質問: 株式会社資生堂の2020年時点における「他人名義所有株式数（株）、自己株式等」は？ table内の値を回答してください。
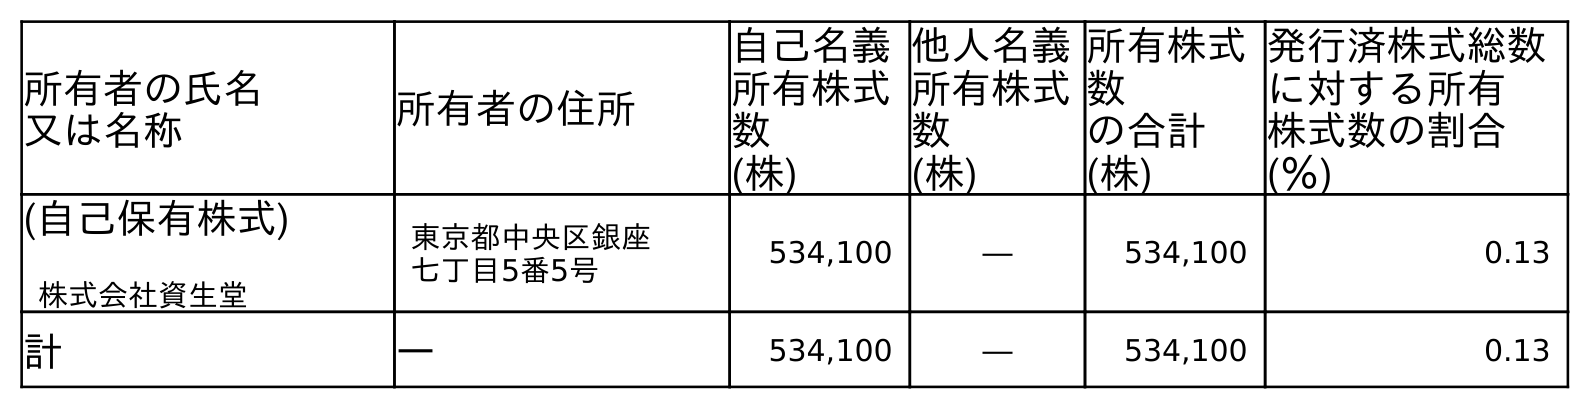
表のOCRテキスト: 所有者の氏名 又は名称 所有者の住所 自己名義 所有株式 数 (株) 他人名義 所有株式 数 (株) 所有株式 数 の合計 (株) 発行済株式総数 に対する所有 株式数の割合 (％) (自己保有株式) 株式会社資生堂 東京都中央区銀座 七丁目5番5号 534,100 ― 534,100 0.13 計 ― 534,100 ― 534,100 0.13
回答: ―